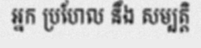
អ្នក ប្រហែល នឹង សម្បត្តិ